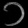
Digit: ၁